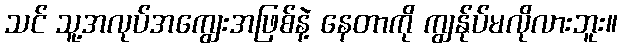
သင် သူ့အလုပ်အကျွေးအဖြစ်နဲ့ နေတာကို ကျွန်ုပ်မလိုလားဘူး။